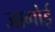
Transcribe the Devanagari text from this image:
जागोई